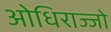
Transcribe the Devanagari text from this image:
ओधिराज्जो